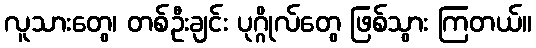
လူသားတွေ၊ တစ်ဦးချင်း ပုဂ္ဂိုလ်တွေ ဖြစ်သွား ကြတယ်။